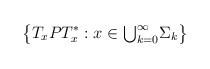
\begin{align*}\big\{T_xPT_x^*:x\in \textstyle{\bigcup_{k=0}^{\infty}}\Sigma_k\big\}\end{align*}